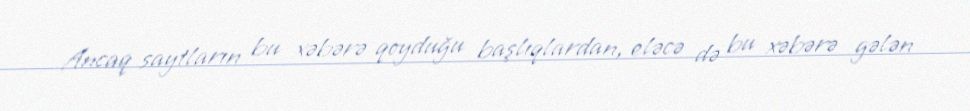
Ancaq saytların bu xəbərə qoyduğu başlıqlardan, eləcə də bu xəbərə gələn